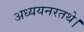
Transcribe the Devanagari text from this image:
अध्ययनरतथे।